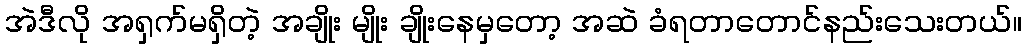
အဲဒီလို အရှက်မရှိတဲ့ အချိုး မျိုး ချိုးနေမှတော့ အဆဲ ခံရတာတောင်နည်းသေးတယ်။